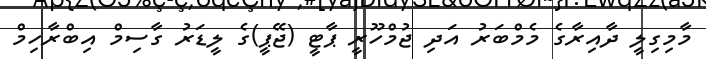
މާމިގިލީ ދާއިރާގެ މެމްބަރު އަދި ޖުމްހޫރީ ޕާޓީ (ޖޭޕީ)ގެ ލީޑަރު ގާސިމް އިބްރާހިމް